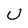
Character: U